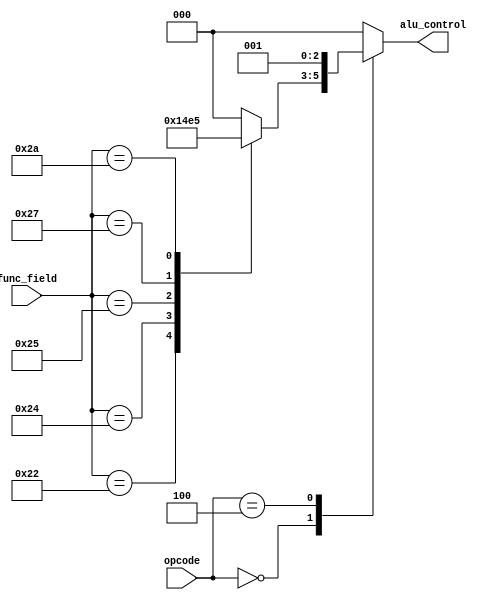
module Alu_Control(
	opcode,
	func_field,
	alu_control
    );
	 
input [5:0] opcode;
input [5:0] func_field;
output reg [2:0] alu_control;
reg [2:0] func_code;

always @ (*)
begin
	case (func_field)
	6'h20: func_code = 3'h0;
	6'h22: func_code = 3'h1;
	6'h24: func_code = 3'h2;
	6'h25: func_code = 3'h3;
	6'h27: func_code = 3'h4;
	6'h2A: func_code = 3'h5;
	default: func_code = 3'h0;
	endcase

	case (opcode)
	6'h00: alu_control = func_code;
	6'h04: alu_control = 3'h1;
	6'h23: alu_control = 3'h0;
	6'h2B: alu_control = 3'h0;
	default: alu_control = 3'h0;
	endcase
end
endmodule